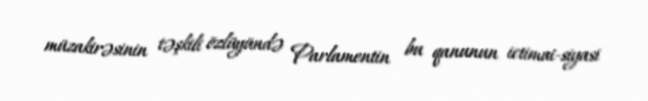
müzakirəsinin təşkili özlüyündə Parlamentin bu qanunun ictimai-siyasi